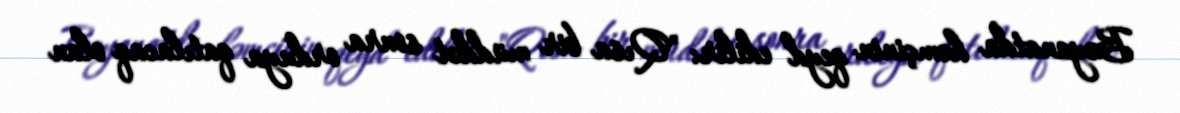
Bəyanatda həmçinin qeyd edilir: "Qısa bir müddət sonra orduya qatılacaq olan